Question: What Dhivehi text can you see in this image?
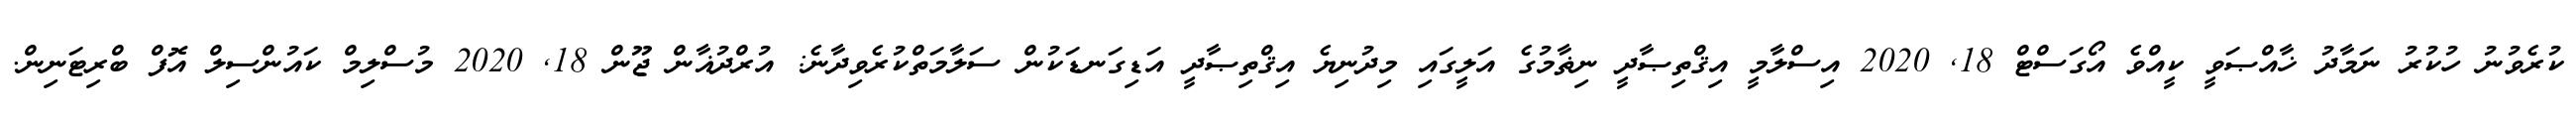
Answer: ކުރެވުނު ހުކުރު ނަމާދު ޚާއްޞަވީ ކީއްވެ އޯގަސްޓް 18, 2020 އިސްލާމީ އިޤްތިޞާދީ ނިޡާމުގެ އަލީގައި މިދުނިޔެ އިޤްތިޞާދީ އަޑިގަނޑަކުން ސަލާމަތްކުރެވިދާނެ: އުރްދުޣާން ޖޫން 18, 2020 މުސްލިމް ކައުންސިލް އޮފް ބްރިޓަނިން.